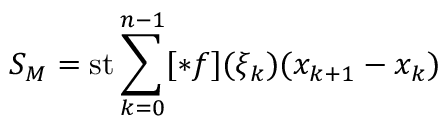
S _ { M } = \operatorname { s t } \sum _ { k = 0 } ^ { n - 1 } [ * f ] ( \xi _ { k } ) ( x _ { k + 1 } - x _ { k } )